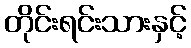
တိုင်းရင်းသားနှင့်